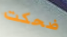
ضحكت